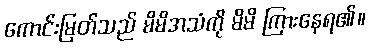
ကောင်းမြတ်သည် မိမိအသံကို မိမိ ကြားနေရ၏။